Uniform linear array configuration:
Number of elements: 64
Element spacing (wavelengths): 0.5
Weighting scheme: hamming
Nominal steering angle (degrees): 0
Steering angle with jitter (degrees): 1.836
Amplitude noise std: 0.05
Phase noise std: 0.05

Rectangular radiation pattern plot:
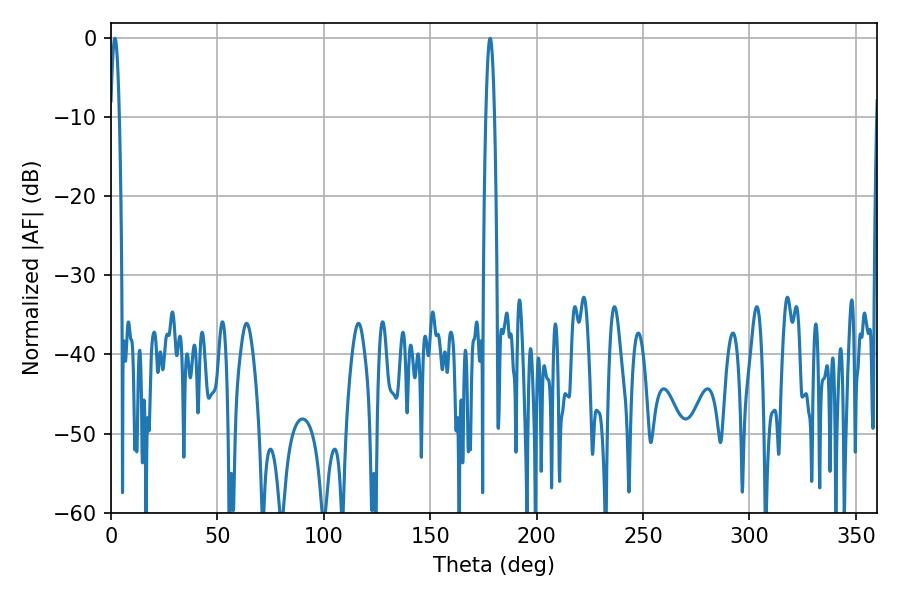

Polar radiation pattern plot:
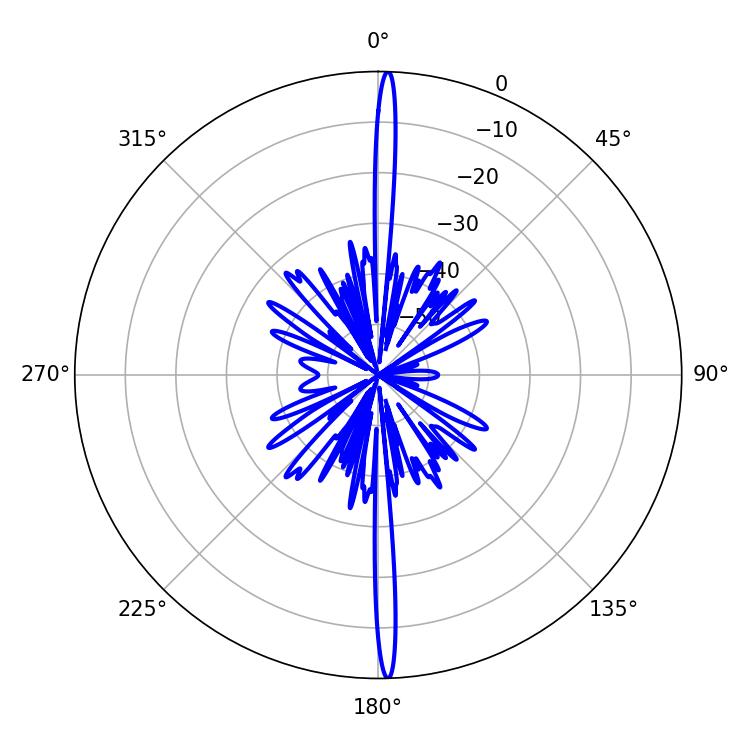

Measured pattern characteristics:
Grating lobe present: FALSE
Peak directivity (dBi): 28.662
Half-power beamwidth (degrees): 2.16
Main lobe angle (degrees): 1.8